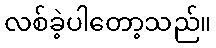
လစ်ခဲ့ပါတော့သည်။